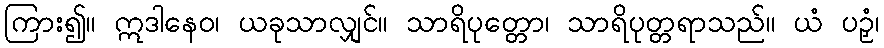
ကြား၍။ ဣဒါနေဝ၊ ယခုသာလျှင်။ သာရိပုတ္တော၊ သာရိပုတ္တရာသည်။ ယံ ပဉှံ၊